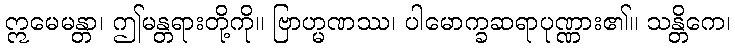
ဣမေမန္တာ၊ ဤမန္တရားတို့ကို။ ဗြာဟ္မဏဿ၊ ပါမောက္ခဆရာပုဏ္ဏား၏။ သန္တိကေ၊